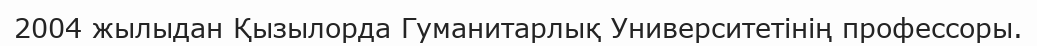
2004 жылыдан Қызылорда Гуманитарлық Университетінің профессоры.